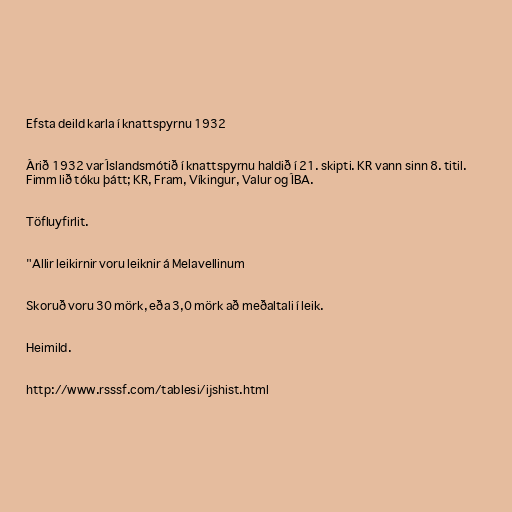
Efsta deild karla í knattspyrnu 1932

Árið 1932 var Íslandsmótið í knattspyrnu haldið í 21. skipti. KR vann sinn 8. titil.
Fimm lið tóku þátt; KR, Fram, Víkingur, Valur og ÍBA.

Töfluyfirlit.

"Allir leikirnir voru leiknir á Melavellinum

Skoruð voru 30 mörk, eða 3,0 mörk að meðaltali í leik.

Heimild.

http://www.rsssf.com/tablesi/ijshist.html